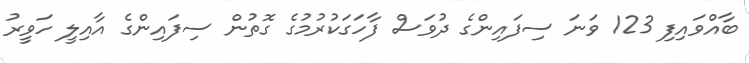
ބާއްވައިފި 123 ވަނަ ސިފައިންގެ ދުވަސް ފާހަގަކުރުމުގެ ގޮތުން ސިފައިންގެ އާއިލީ ހަވީރު